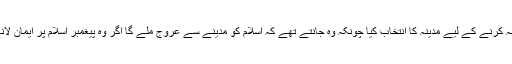
یہودی اسلام کی نسبت جو شناخت رکھتے تھے اس کی وجہ سے انہوں نے اسلام کا مقابلہ کرنے کے لیے مدینہ کا انتخاب کیا چونکہ وہ جانتے تھے کہ اسلام کو مدینے سے عروج ملے گا اگر وہ پیغمبر اسلام پر ایمان لانے کا ارادہ رکھتے تو مکہ میں سکونت اختیار کرتے اور آخری پیغمبر کا انتظار کرتے۔